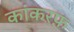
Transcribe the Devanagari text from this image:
कांकरफ़